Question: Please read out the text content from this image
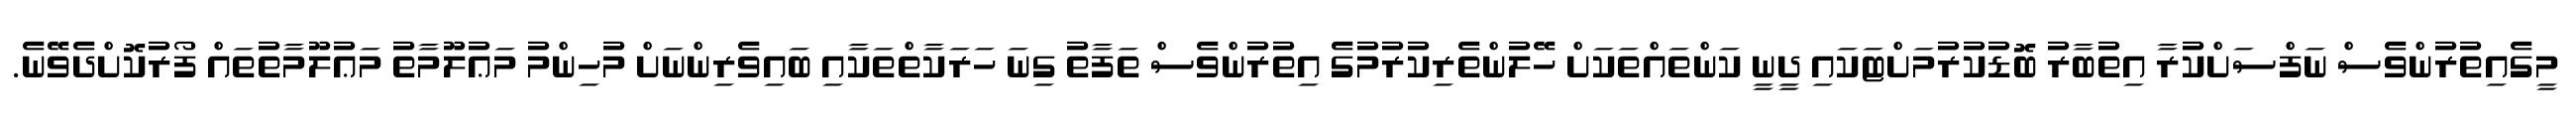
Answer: މީގެއިތުރުންވެސް ނަފްސަށްކުރާ އިތުބާރު ބޮޑުކުރުމަށްޓަކައި ދީނީ ކަންތައްތަކަށް ހޭލުންތެރިކުރުމުގެ އިތުރުންވެސް ތަފާތު ގިނަ ހަރަކާތްތަކާއި ބައިވެރިންނަށް މުހިންމު މަޢުލޫމާތު މަޢުލޫމާތުތައް ފޯރުކޮށްދެވޭނެ.